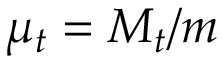
\mu _ { t } = M _ { t } / m